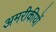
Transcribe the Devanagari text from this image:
अमरीकीयों